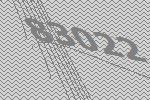
83022